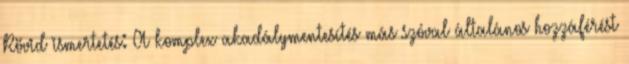
Rövid ismertetés: A komplex akadálymentesítés más szóval általános hozzáférést